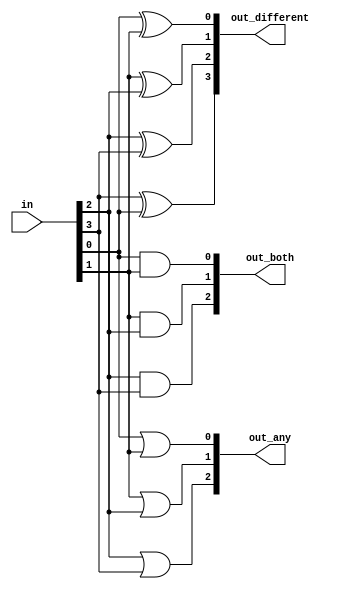
module top_module( 
    input [3:0] in,
    output [2:0] out_both,
    output [3:1] out_any,
    output [3:0] out_different );
	
	integer i;

	always @(*)
	begin
		out_different[3] = in[3] ^ in[0];
		for(i=0; i<3; i++)
		begin
			out_both[i] = in[i] & in[i+1];
			out_any[i+1] = in[i] | in[i+1];
			out_different[i] = in[i] ^ in[i+1];
		end
	end
endmodule